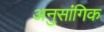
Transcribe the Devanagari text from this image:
अनुसांगिक